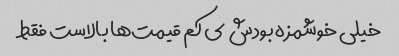
خیلی خوشمزه بودش ی کم قیمت‌ها بالاست فقط